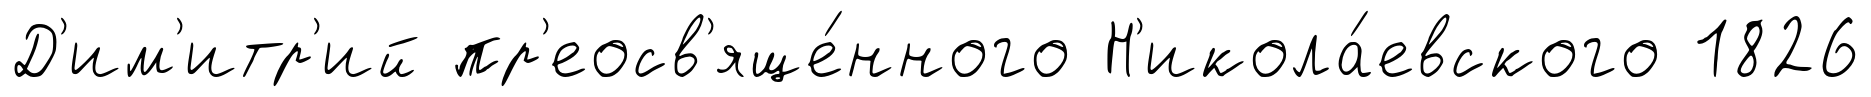
Д'им'итр'ий пр'еосв'яще́нного Н'икола́евского 1826